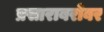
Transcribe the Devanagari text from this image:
प्रसाराबरोबर